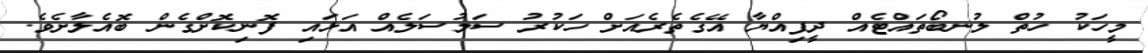
މީހަކު ހުތް ލުނބޯތައްޓެއް ދީފިއްޔާ އޭގެތެރެއަށް ހަކުރު ސަމުސަލެއް އަޅައި ފޮނިކޮށްގެން ބޮއެލާށެވެ.